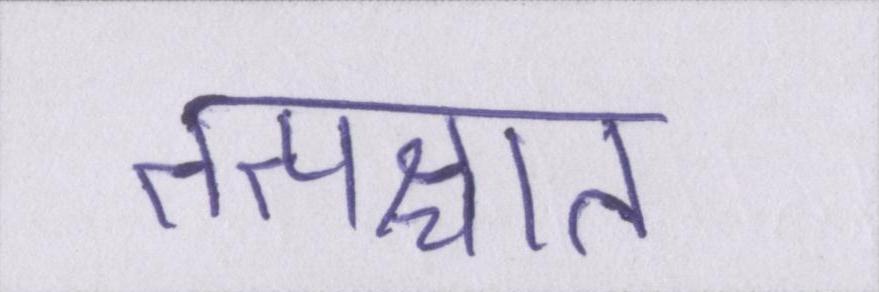
तत्पश्चात